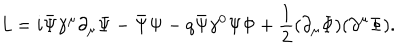
LaTeX: { \it L } = i \bar { \Psi } { \gamma } ^ { \mu } { \partial } _ { \mu } { \Psi } - \bar { \Psi } { \Psi } - q \bar { \Psi } { \gamma } ^ { 0 } { \Psi } \Phi + { \frac { 1 } { 2 } } ( { \partial } _ { \mu } \Phi ) ( { \partial } ^ { \mu } \Phi ) .